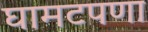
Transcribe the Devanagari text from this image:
घामटपणा